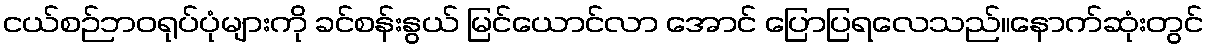
ငယ်စဉ်ဘဝရုပ်ပုံများကို ခင်စန်းနွယ် မြင်ယောင်လာ အောင် ပြောပြရလေသည်။နောက်ဆုံးတွင်